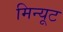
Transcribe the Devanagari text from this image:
मिन्यूट